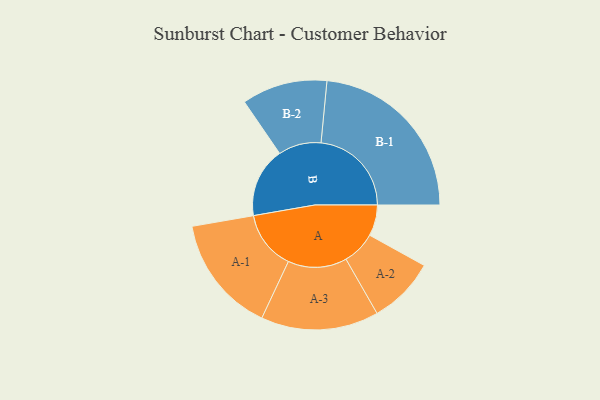
{"axis": {"x": "Segment", "y": "Value"}, "legend": ["", "A", "B"], "data": [{"x": "A", "y": 100, "type": ""}, {"x": "B", "y": 226, "type": ""}, {"x": "A-1", "y": 190, "type": "A"}, {"x": "A-2", "y": 108, "type": "A"}, {"x": "A-3", "y": 190, "type": "A"}, {"x": "B-1", "y": 292, "type": "B"}, {"x": "B-2", "y": 138, "type": "B"}]}